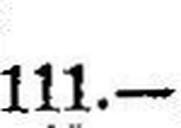
111.—